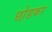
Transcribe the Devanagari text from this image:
छो़डकर